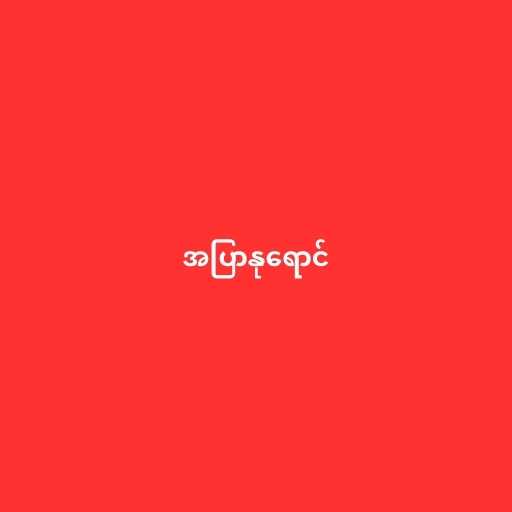
အပြာနုရောင်